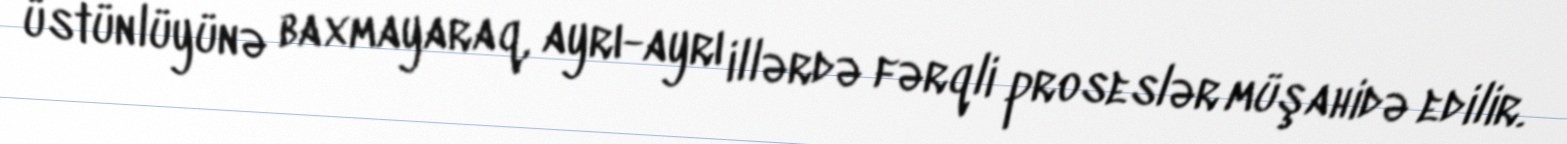
üstünlüyünə baxmayaraq, ayrı-ayrı illərdə fərqli proseslər müşahidə edilir.